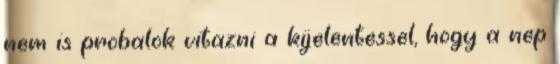
nem is probalok vitazni a kijelentessel, hogy a nep